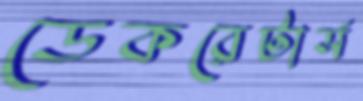
ডেকরেটার্স